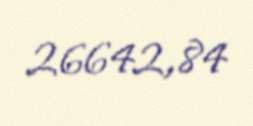
26642,84